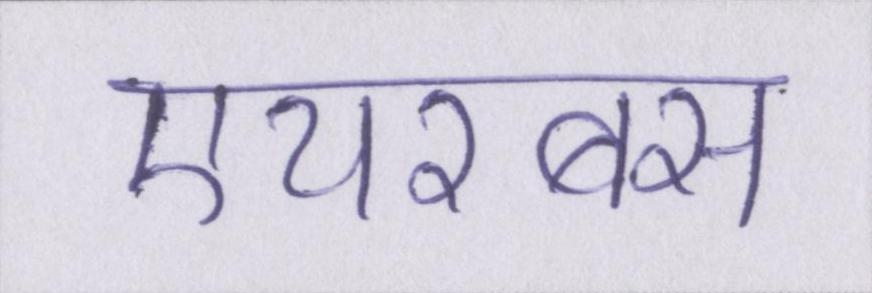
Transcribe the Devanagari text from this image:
एयरबस